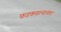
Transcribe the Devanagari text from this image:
फडकवल्यानंतर